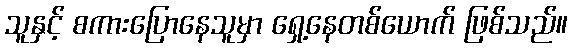
သူနှင့် စကားပြောနေသူမှာ ရှေ့နေတစ်ယောက် ဖြစ်သည်။